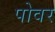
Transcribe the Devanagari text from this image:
पोवर